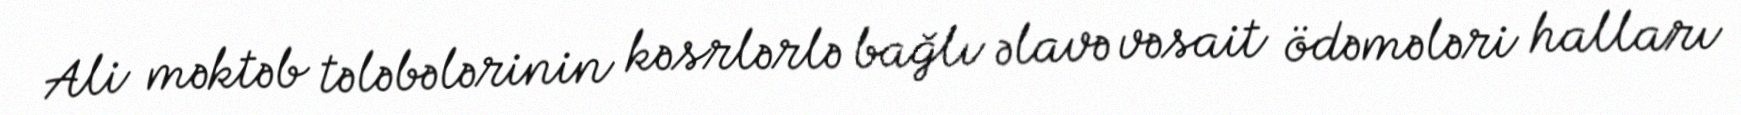
Ali məktəb tələbələrinin kəsrlərlə bağlı əlavə vəsait ödəmələri halları